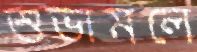
শুভামলে